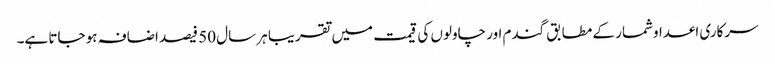
سرکاری اعداوشمار کے مطابق گندم اور چاولوں کی قیمت میں تقریبا ہر سال 50 فیصد اضافہ ہو جاتا ہے۔